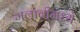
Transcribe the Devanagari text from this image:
मलावीमध्ये